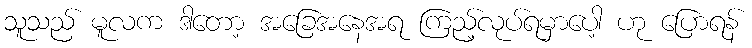
သူသည် မူလက ဒါတော့ အခြေအနေအရ ကြည့်လုပ်ရမှာပေါ့ ဟု ပြောရန်